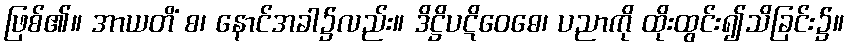
ဖြစ်၏။ အာယတိံ စ၊ နောင်အခါ၌လည်း။ ဒိဋ္ဌိပဋိဝေဓေ၊ ပညာကို ထိုးထွင်း၍သိခြင်း၌။